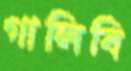
গালিবি